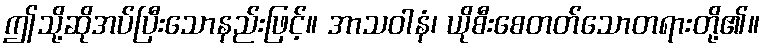
ဤသို့ဆိုအပ်ပြီးသောနည်းဖြင့်။ အာသဝါနံ၊ ယိုစီးစေတတ်သောတရားတို့၏။